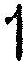
1